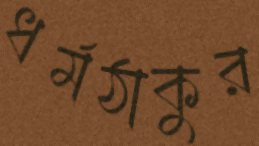
ধর্মঠাকুর